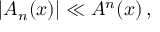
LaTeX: \left| { \cal A } _ { n } ( x ) \right| \ll { \cal A } ^ { n } ( x ) \, ,